Scientific memoirs by medical officers of the Army of India - Part VI,
Year: 1891
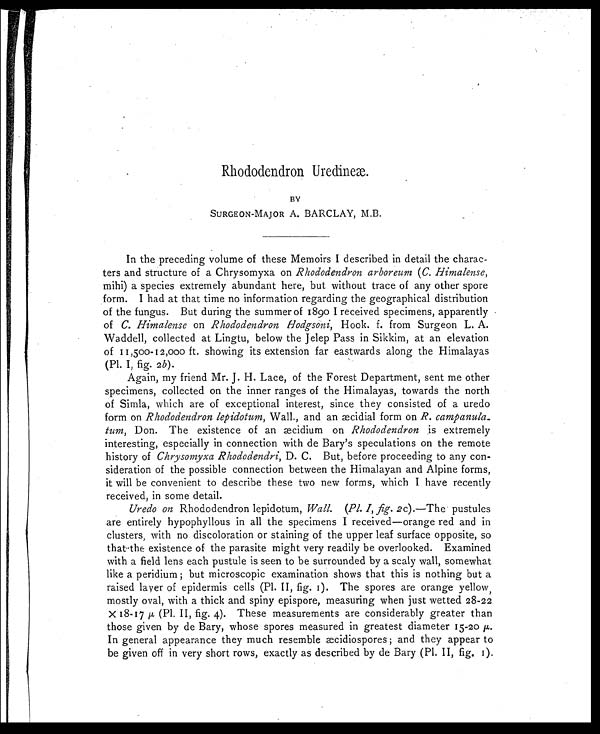
Rhododendron Uredineæ.
BY
SURGEON-MAJOR A. BARCLAY, M.B.
In the preceding volume of these Memoirs I described in detail the charac-
ters and structure of a Chrysomyxa on Rhododendron arboreum (C. Himalense,
mihi) a species extremely abundant here, but without trace of any other spore
form. I had at that time no information regarding the geographical distribution
of the fungus. But during the summer of 1890 I received specimens, apparently
of C. Himalense on Rhododendron Hodgsoni, Hook. f. from Surgeon L. A.
Waddell, collected at Lingtu, below the Jelep Pass in Sikkim, at an elevation
of 11,50o-12,000 ft. showing its extension far eastwards along the Himalayas
(Pl. I, fig. 2 b ).
Again, my friend Mr. J. H. Lace, of the Forest Department, sent me other
specimens, collected on the inner ranges of the Himalayas, towards the north
of Simla, which are of exceptional interest, since they consisted of a uredo
form on Rhododendron lepidotum, Wall, and an æcidial form on R. campanula
-tum, Don. The existence of an æcidium on Rhododendron is extremely
interesting, especially in connection with de Bary's speculations on the remote
history of Chrysomyxa Rhododendri, D. C. But, before proceeding to any con-
sideration of the possible connection between the Himalayan and Alpine forms,
it will be convenient to describe these two new forms, which I have recently
received, in some detail.
Uredo on Rhododendron lepidotum, Wall. (Pl. I, fig. 2c).—The pustules
are entirely hypophyllous in all the specimens I received—orange red and in
clusters, with no discoloration or staining of the upper leaf surface opposite, so
that-the existence of the parasite might very readily be overlooked. Examined
with a field lens each pustule is seen to be surrounded by a scaly wall, somewhat
like a peridium; but microscopic examination shows that this is nothing but a
raised layer of epidermis cells (Pl. II, fig. I). The spores are orange yellow,
mostly oval, with a thick and spiny epispore, measuring when just wetted 28-22
X 18-17 μ ( Pl. II, fig. 4). These measurements are considerably greater than
those given by de Bary, whose spores measured in greatest diameter 15-2o μ .
In general appearance they much resemble æcidiospores; and they appear to
be given off in very short rows, exactly as described by de Bary (Pl. II, fig. I).